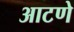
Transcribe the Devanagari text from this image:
आटणे